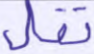
تقل